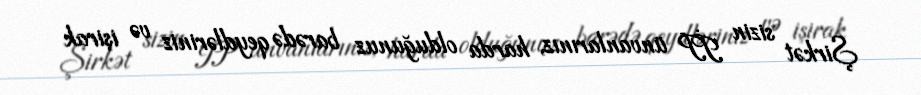
Şirkət sizin İP ünvanlarınız, harda olduğunuz barədə qeydləriniz və işirak